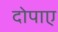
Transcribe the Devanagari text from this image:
दोपाए